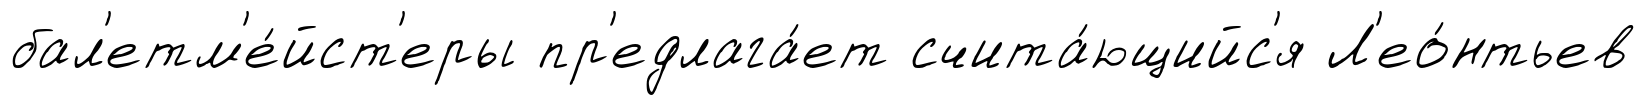
бал'етм'е́йст'еры пр'едлага́ет счита́ющийс'я Л'ео́нтьев